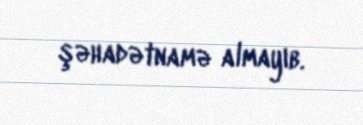
şəhadətnamə almayıb.